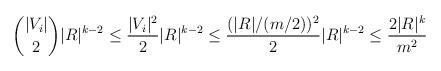
LaTeX: \begin{align*}\binom{|V_i|}{2} |R|^{k-2} \leq \frac{|V_i|^2}{2}|R|^{k-2} \leq\frac{(|R|/(m/2))^2}{2}|R|^{k-2}\leq \frac{2|R|^k}{m^2}\end{align*}